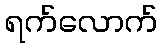
ရက်လောက်